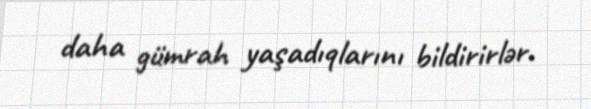
daha gümrah yaşadıqlarını bildirirlər.